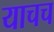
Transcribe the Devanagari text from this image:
याचच